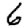
Digit: 6